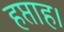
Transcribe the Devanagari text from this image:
हप्ताह।